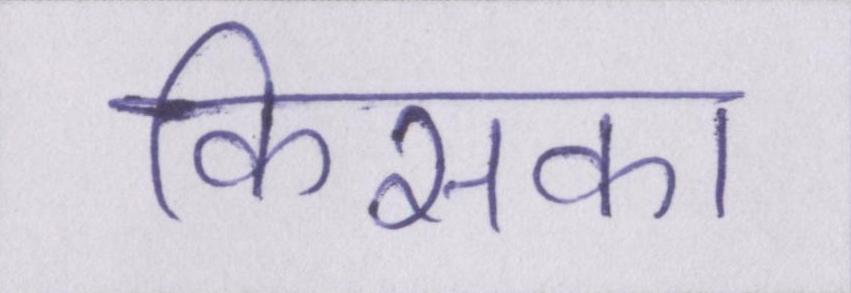
किसका